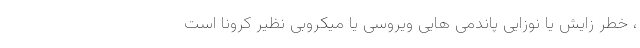
، خطر زایش یا نوزایی پاندمی هایی ویروسی یا میکروبی نظیر کرونا است